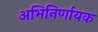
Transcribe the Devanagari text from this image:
अभिनिर्णायक